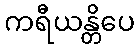
ကရီယန္တိပေ